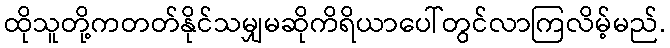
ထိုသူတို့ကတတ်နိုင်သမျှမဆိုကိရိယာပေါ်တွင်လာကြလိမ့်မည်.